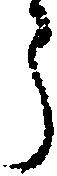
う